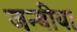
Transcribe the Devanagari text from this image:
जन्बीया